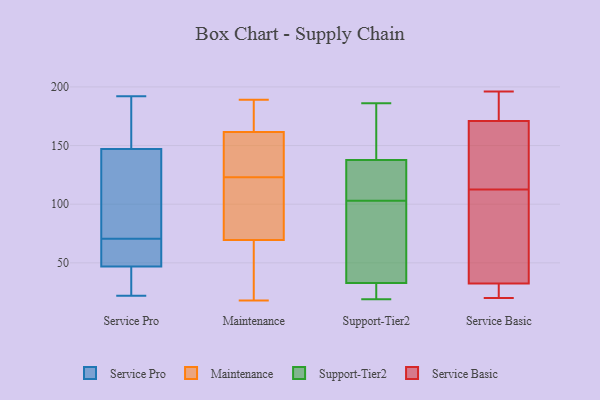
{"axis": {"x": "Production Output", "y": "Value"}, "legend": ["Maintenance", "Service Basic", "Service Pro", "Support-Tier2"], "data": [{"x": "", "y": 49, "type": "Service Pro"}, {"x": "", "y": 59, "type": "Service Pro"}, {"x": "", "y": 82, "type": "Service Pro"}, {"x": "", "y": 22, "type": "Service Pro"}, {"x": "", "y": 46, "type": "Service Pro"}, {"x": "", "y": 48, "type": "Service Pro"}, {"x": "", "y": 22, "type": "Service Pro"}, {"x": "", "y": 128, "type": "Service Pro"}, {"x": "", "y": 189, "type": "Service Pro"}, {"x": "", "y": 192, "type": "Service Pro"}, {"x": "", "y": 154, "type": "Service Pro"}, {"x": "", "y": 140, "type": "Service Pro"}, {"x": "", "y": 104, "type": "Maintenance"}, {"x": "", "y": 27, "type": "Maintenance"}, {"x": "", "y": 18, "type": "Maintenance"}, {"x": "", "y": 160, "type": "Maintenance"}, {"x": "", "y": 186, "type": "Maintenance"}, {"x": "", "y": 122, "type": "Maintenance"}, {"x": "", "y": 163, "type": "Maintenance"}, {"x": "", "y": 18, "type": "Maintenance"}, {"x": "", "y": 124, "type": "Maintenance"}, {"x": "", "y": 133, "type": "Maintenance"}, {"x": "", "y": 189, "type": "Maintenance"}, {"x": "", "y": 75, "type": "Maintenance"}, {"x": "", "y": 83, "type": "Maintenance"}, {"x": "", "y": 64, "type": "Maintenance"}, {"x": "", "y": 152, "type": "Maintenance"}, {"x": "", "y": 164, "type": "Maintenance"}, {"x": "", "y": 26, "type": "Support-Tier2"}, {"x": "", "y": 155, "type": "Support-Tier2"}, {"x": "", "y": 32, "type": "Support-Tier2"}, {"x": "", "y": 19, "type": "Support-Tier2"}, {"x": "", "y": 178, "type": "Support-Tier2"}, {"x": "", "y": 132, "type": "Support-Tier2"}, {"x": "", "y": 112, "type": "Support-Tier2"}, {"x": "", "y": 33, "type": "Support-Tier2"}, {"x": "", "y": 186, "type": "Support-Tier2"}, {"x": "", "y": 43, "type": "Support-Tier2"}, {"x": "", "y": 103, "type": "Support-Tier2"}, {"x": "", "y": 103, "type": "Support-Tier2"}, {"x": "", "y": 46, "type": "Support-Tier2"}, {"x": "", "y": 139, "type": "Service Basic"}, {"x": "", "y": 176, "type": "Service Basic"}, {"x": "", "y": 33, "type": "Service Basic"}, {"x": "", "y": 86, "type": "Service Basic"}, {"x": "", "y": 187, "type": "Service Basic"}, {"x": "", "y": 140, "type": "Service Basic"}, {"x": "", "y": 22, "type": "Service Basic"}, {"x": "", "y": 81, "type": "Service Basic"}, {"x": "", "y": 20, "type": "Service Basic"}, {"x": "", "y": 196, "type": "Service Basic"}, {"x": "", "y": 32, "type": "Service Basic"}, {"x": "", "y": 166, "type": "Service Basic"}]}